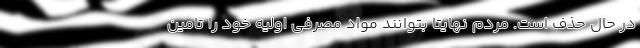
در حال حذف است. مردم نهایتا بتوانند مواد مصرفی اولیه خود را تامین